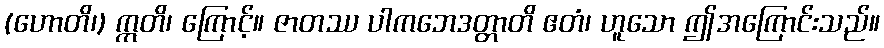
(ဟောတိ၊) ဣတိ၊ ကြောင့်။ ဇာတဿ ပါကဘေဒတ္တာတိ ဧတံ၊ ဟူသော ဤအကြောင်းသည်။